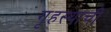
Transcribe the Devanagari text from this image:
गृहस्थाची